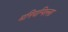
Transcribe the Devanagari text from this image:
मनियन्पिल्ला